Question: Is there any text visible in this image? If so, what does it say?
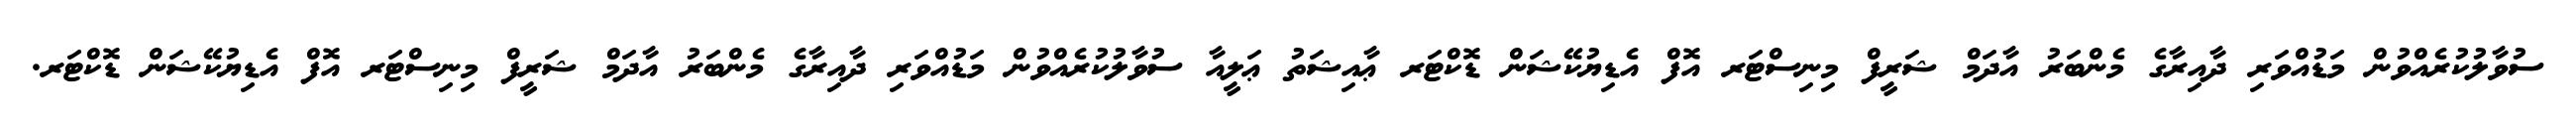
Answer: ސުވާލުކުރެއްވުން މަޑުއްވަރި ދާއިރާގެ މެންބަރު އާދަމް ޝަރީފް މިނިސްޓަރ އޮފް އެޑިޔުކޭޝަން ޑޮކްޓަރ ޢާއިޝަތު ޢަލީއާ ސުވާލުކުރެއްވުން މަޑުއްވަރި ދާއިރާގެ މެންބަރު އާދަމް ޝަރީފް މިނިސްޓަރ އޮފް އެޑިޔުކޭޝަން ޑޮކްޓަރ.